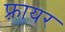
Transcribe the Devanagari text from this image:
फ़्रायर